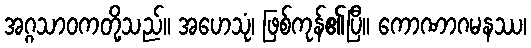
အဂ္ဂသာဝကတို့သည်။ အဟေသုံ၊ ဖြစ်ကုန်၏ပြီ။ ကောဏာဂမနဿ၊